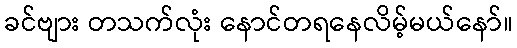
ခင်ဗျား တသက်လုံး နောင်တရနေလိမ့်မယ်နော်။